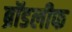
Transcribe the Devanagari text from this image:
ब्रॉडलीफ